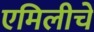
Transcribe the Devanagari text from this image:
एमिलीचे